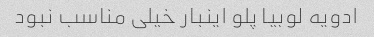
ادویه لوبیا پلو اینبار خیلی مناسب نبود